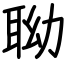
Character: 聈